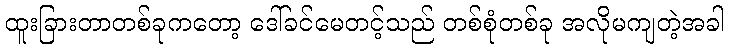
ထူးခြားတာတစ်ခုကတော့ ဒေါ်ခင်မေတင့်သည် တစ်စုံတစ်ခု အလိုမကျတဲ့အခါ